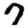
Digit: 7